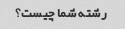
رشته شما چیست؟